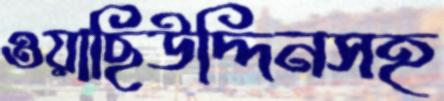
ওয়াছিউদ্দিনসহ